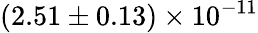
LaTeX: (2.51\pm 0.13)\times 10^{-11}